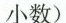
小数）